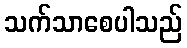
သက်သာစေပါသည်